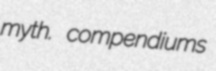
myth. compendiums